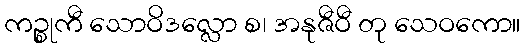
ကဉ္စုကီ သောဝိဒလ္လော စ၊ အနုဇီဝီ တု သေဝကော။